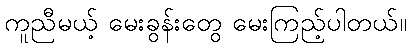
ကူညီမယ့် မေးခွန်းတွေ မေးကြည့်ပါတယ်။